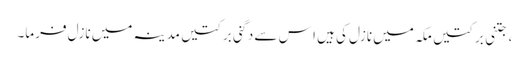
، جتنی برکتیں مکہ میں نازل کی ہیں ا س سے دگنی برکتیں مدینہ میں نازل فرما۔